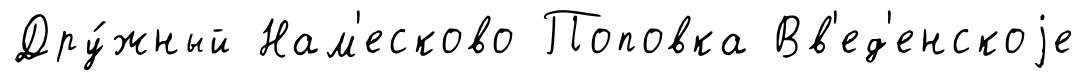
Дру́жный Нам'есково Поповка Вв'ед'енскоjе